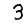
Digit: 3